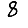
Digit: 8